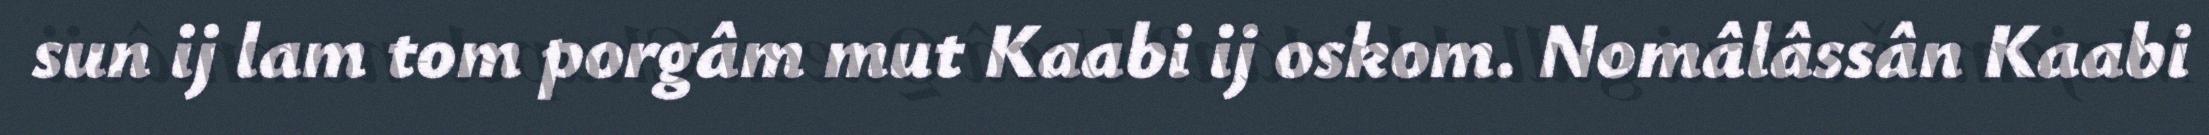
sun ij lam tom porgâm mut Kaabi ij oskom. Nomâlâssân Kaabi